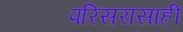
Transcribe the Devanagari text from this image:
परिसरासाही